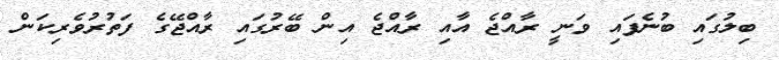
ބިލުގައި ބުނެފައި ވަނީ ރާއްޖެ އާއި ރާއްޖެ އިން ބޭރުގައި ރާއްޖޭގެ ފަތުރުވެރިކަން